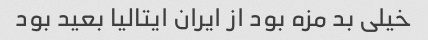
خیلی بد مزه بود از ایران ایتالیا بعید بود